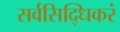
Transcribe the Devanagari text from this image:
सर्वसिद्धिकरं